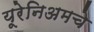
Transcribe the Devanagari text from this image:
यूरेनिअमचे